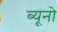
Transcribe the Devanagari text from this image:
ब्यूनो